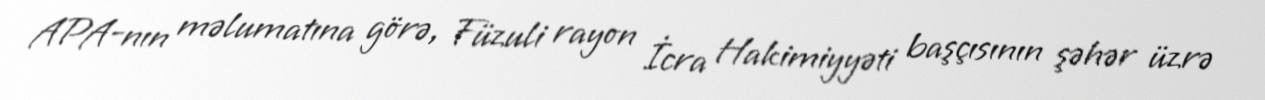
APA-nın məlumatına görə, Füzuli rayon İcra Hakimiyyəti başçısının şəhər üzrə